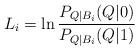
LaTeX: \begin{align*}L_i = \ln\frac{P_{Q|B_i}(Q|0)}{P_{Q|B_i}(Q|1)}\end{align*}